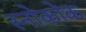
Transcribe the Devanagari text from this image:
स्नोकोक